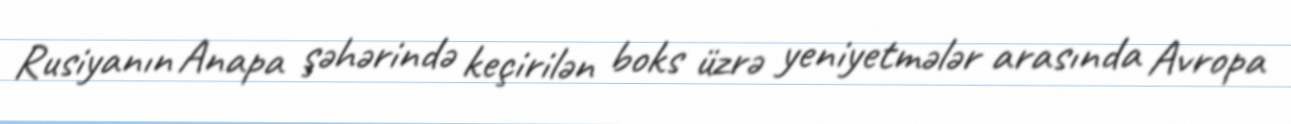
Rusiyanın Anapa şəhərində keçirilən boks üzrə yeniyetmələr arasında Avropa